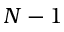
N - 1